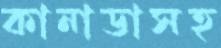
কানাডাসহ